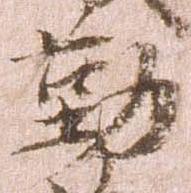
勤